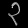
Digit: ၃